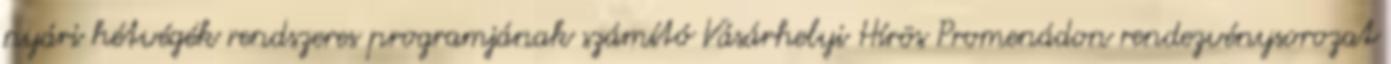
nyári hétvégék rendszeres programjának számító Vásárhelyi Hírös Promenádon rendezvénysorozat